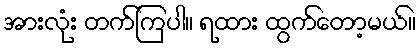
အားလုံး တက်ကြပါ။ ရထား ထွက်တော့မယ်။